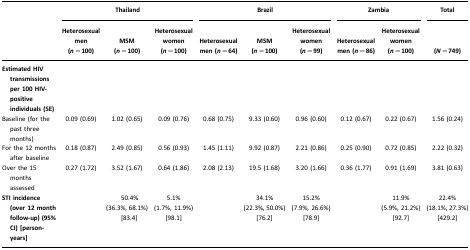
<table><thead><tr><td></td><td colspan="3"><b>Thailand</b></td><td colspan="3"><b>Brazil</b></td><td colspan="2"><b>Zambia</b></td><td><b>Total</b></td></tr><tr><td></td><td><b>Heterosexual men (<i>n=</i>100)</b></td><td><b>MSM (<i>n=</i>100)</b></td><td><b>Heterosexual women (<i>n=</i>100)</b></td><td><b>Heterosexual men (<i>n=</i>64)</b></td><td><b>MSM (<i>n=</i>100)</b></td><td><b>Heterosexual women (<i>n=</i>99)</b></td><td><b>Heterosexual men (<i>n=</i>86)</b></td><td><b>Heterosexual women (<i>n=</i>100)</b></td><td><b>(<i>N=</i>749)</b></td></tr></thead><tbody><tr><td><b>Estimated HIV transmissions per 100 HIV-positive individuals (SE)</b></td><td></td><td></td><td></td><td></td><td></td><td></td><td></td><td></td><td></td></tr><tr><td>Baseline (for the past three months)</td><td>0.09 (0.69)</td><td>1.02 (0.65)</td><td>0.09 (0.76)</td><td>0.68 (0.75)</td><td>9.33 (0.60)</td><td>0.96 (0.60)</td><td>0.12 (0.67)</td><td>0.22 (0.67)</td><td>1.56 (0.24)</td></tr><tr><td>For the 12 months after baseline</td><td>0.18 (0.87)</td><td>2.49 (0.85)</td><td>0.56 (0.93)</td><td>1.45 (1.11)</td><td>9.92 (0.87)</td><td>2.21 (0.86)</td><td>0.25 (0.90)</td><td>0.72 (0.85)</td><td>2.22 (0.32)</td></tr><tr><td>Over the 15 months assessed</td><td>0.27 (1.72)</td><td>3.52 (1.67)</td><td>0.64 (1.86)</td><td>2.08 (2.13)</td><td>19.5 (1.68)</td><td>3.20 (1.66)</td><td>0.36 (1.77)</td><td>0.91 (1.69)</td><td>3.81 (0.63)</td></tr><tr><td><b>STI incidence (over 12 month follow-up) (95% CI) [person-years]</b></td><td></td><td>50.4% (36.3%, 68.1%) [83.4]</td><td>5.1% (1.7%, 11.9%) [98.1]</td><td></td><td>34.1% (22.3%, 50.0%) [76.2]</td><td>15.2% (7.9%, 26.6%) [78.9]</td><td></td><td>11.9% (5.9%, 21.2%) [92.7]</td><td>22.4% (18.1%, 27.3%) [429.2]</td></tr></tbody></table>